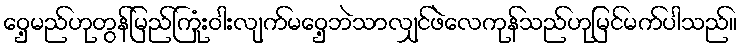
ဝှေ့မည်ဟုတွန်မြည်ကြုံးဝါးလျက်မဝှေ့ဘဲသာလျှင်ဖဲလေကုန်သည်ဟုမြင်မက်ပါသည်။